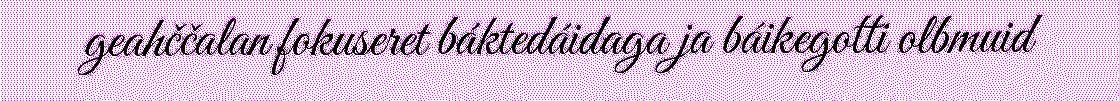
geahččalan fokuseret báktedáidaga ja báikegotti olbmuid